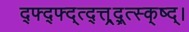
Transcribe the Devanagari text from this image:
द्फ्द्फ्द्त्द्त्त्र्द्र्त्स्क्ष्द्।